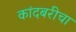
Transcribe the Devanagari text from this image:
कांदबरीचा